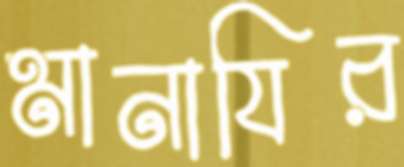
মানাযির